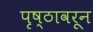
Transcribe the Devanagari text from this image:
पृष्ठावरून